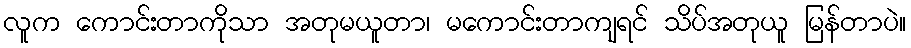
လူက ကောင်းတာကိုသာ အတုမယူတာ၊ မကောင်းတာကျရင် သိပ်အတုယူ မြန်တာပဲ။